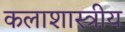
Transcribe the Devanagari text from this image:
कलाशास्त्रीय